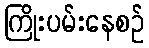
ကြိုးပမ်းနေစဉ်